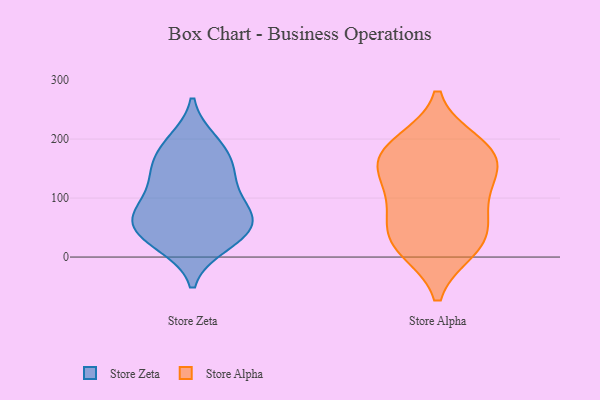
{"axis": {"x": "Operating Costs (USD K)", "y": "Value"}, "legend": ["Store Alpha", "Store Zeta"], "data": [{"x": "", "y": 72, "type": "Store Zeta"}, {"x": "", "y": 28, "type": "Store Zeta"}, {"x": "", "y": 127, "type": "Store Zeta"}, {"x": "", "y": 67, "type": "Store Zeta"}, {"x": "", "y": 166, "type": "Store Zeta"}, {"x": "", "y": 60, "type": "Store Zeta"}, {"x": "", "y": 50, "type": "Store Zeta"}, {"x": "", "y": 33, "type": "Store Zeta"}, {"x": "", "y": 21, "type": "Store Zeta"}, {"x": "", "y": 148, "type": "Store Zeta"}, {"x": "", "y": 196, "type": "Store Zeta"}, {"x": "", "y": 190, "type": "Store Zeta"}, {"x": "", "y": 139, "type": "Store Zeta"}, {"x": "", "y": 78, "type": "Store Zeta"}, {"x": "", "y": 93, "type": "Store Zeta"}, {"x": "", "y": 15, "type": "Store Alpha"}, {"x": "", "y": 153, "type": "Store Alpha"}, {"x": "", "y": 105, "type": "Store Alpha"}, {"x": "", "y": 97, "type": "Store Alpha"}, {"x": "", "y": 180, "type": "Store Alpha"}, {"x": "", "y": 56, "type": "Store Alpha"}, {"x": "", "y": 174, "type": "Store Alpha"}, {"x": "", "y": 192, "type": "Store Alpha"}, {"x": "", "y": 154, "type": "Store Alpha"}, {"x": "", "y": 31, "type": "Store Alpha"}, {"x": "", "y": 22, "type": "Store Alpha"}]}